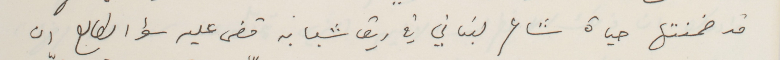
قد ضمنتها حياة شاعر لبناني في ريق شبابه قضى عليه سؤ الطالع ان